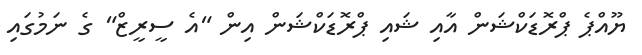
ޔޫއްޕެ ޕްރޮޑަކްޝަން އާއި ޝައި ޕްރޮޑަކްޝަން އިން "އެ ސީރީޒް" ގެ ނަމުގައި